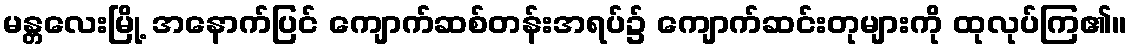
မန္တလေးမြို့ အနောက်ပြင် ကျောက်ဆစ်တန်းအရပ်၌ ကျောက်ဆင်းတုများကို ထုလုပ်ကြ၏။